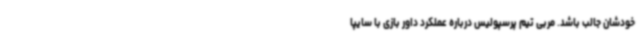
خودشان جالب باشد. مربی تیم پرسپولیس درباره عملکرد داور بازی با سایپا